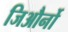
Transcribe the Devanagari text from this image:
जिऔर्नो